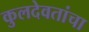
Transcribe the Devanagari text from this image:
कुलदेवतांचा